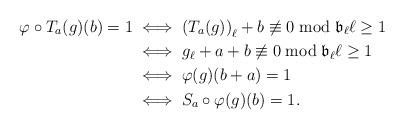
LaTeX: \begin{align*}\varphi\circ T_a(g)(b)=1 &\iff {(T_a(g))}_\ell+b\not\equiv 0\bmod \mathfrak{b}_\ell \ell\geq 1\\&\iff g_{\ell}+a+b\not\equiv 0\bmod \mathfrak{b}_\ell \ell\geq 1\\&\iff \varphi(g)(b+a)=1\\&\iff S_a\circ \varphi(g)(b)=1.\end{align*}